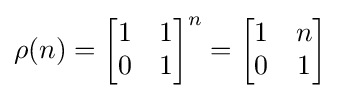
\rho (n)={\begin{bmatrix}1&1\\0&1\end{bmatrix}}^{n}={\begin{bmatrix}1&n\\0&1\end{bmatrix}}